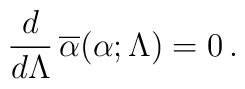
{d\over d\Lambda}\,\overline \alpha(\alpha;\Lambda) = 0\,.